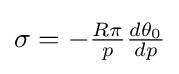
{\textstyle \sigma =-{\frac {R\pi }{p}}{\frac {d\theta _{0}}{dp}}}